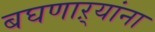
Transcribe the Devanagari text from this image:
बघणाऱ्यांना